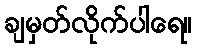
ချမှတ်လိုက်ပါရေ။